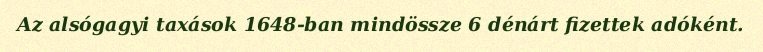
Az alsógagyi taxások 1648-ban mindössze 6 dénárt fizettek adóként.